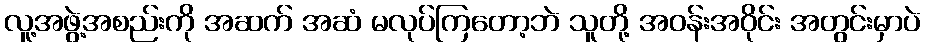
လူ့အဖွဲ့အစည်းကို အဆက် အဆံ မလုပ်ကြတော့ဘဲ သူတို့ အဝန်းအဝိုင်း အတွင်းမှာပဲ